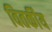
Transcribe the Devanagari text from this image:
वितर्कीय